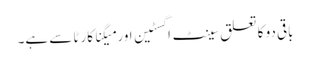
باقی دو کا تعلق سینٹ اگسٹین اور میگنا کارٹا سے ہے۔